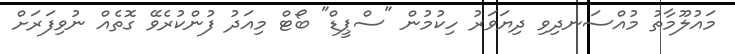
މައުލޫމާތު މުއްސަނދިވި ދިޔަވަރު ހިކުމުން "ސްޕީޑް" ބޯޓް މިއަދު ފުންކުރެވޭ ގޮތެއް ނުވިފަރަށް